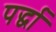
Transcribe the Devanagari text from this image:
पर्द्धा